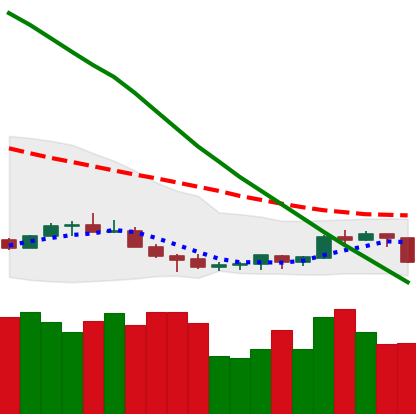
Ticker: NEO-USD
Chart end date: 2022-07-11
Forward return: 10.69%
Label: up_7plus